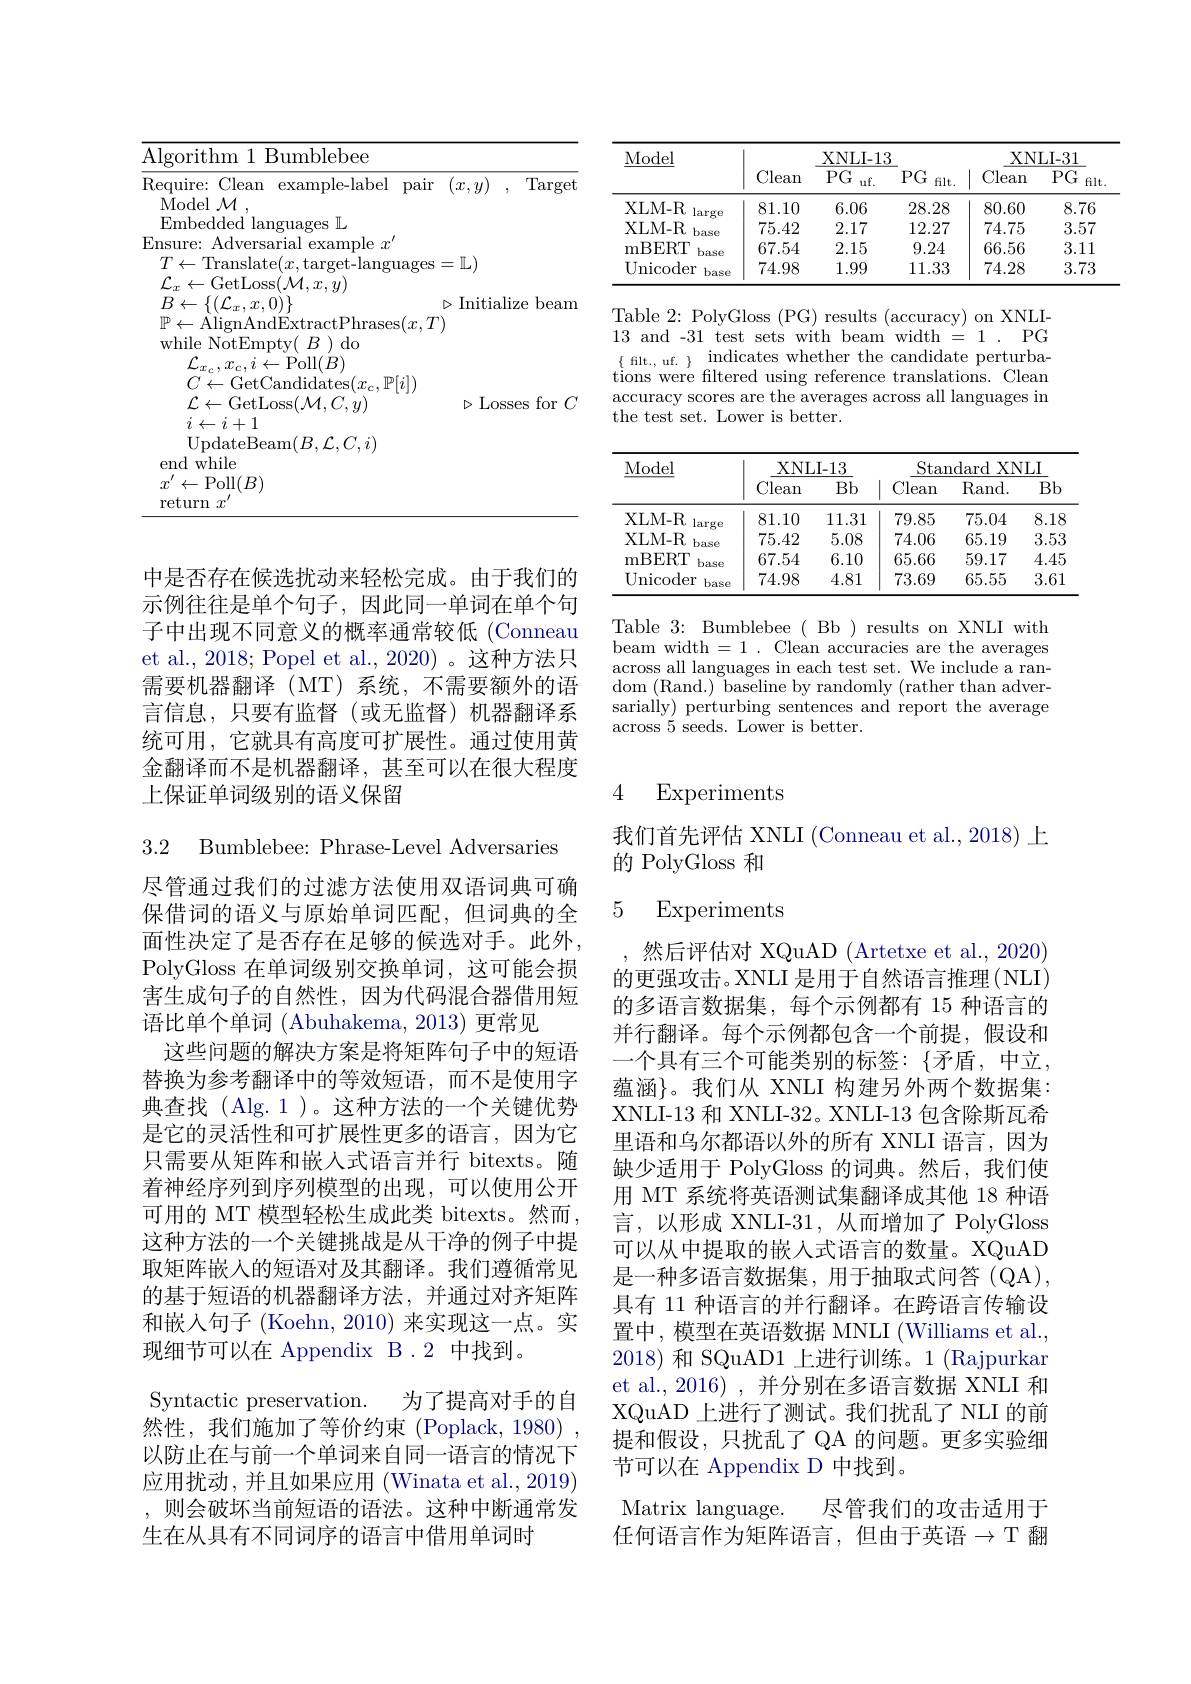
<table>
	<tbody>
		<tr>
			<th rowspan="2">Model</th>
			<th rowspan="2">Clean</th>
			<th rowspan="2">XNLI- 13 $PG$ $uf.$</th>
			<th rowspan="2">$PG$ $filt.$</th>
			<th colspan="2">XNLI- 31</th>
		</tr>
		<tr>
			<th>Clean</th>
			<th>$PG$ filt</th>
		</tr>
		<tr>
			<td>XLM- R large</td>
			<td>81.10</td>
			<td>6.06</td>
			<td>28.28</td>
			<td>80.60</td>
			<td>8.76</td>
		</tr>
		<tr>
			<td>XLM- R base</td>
			<td>75.42</td>
			<td>2.17</td>
			<td>12.27</td>
			<td>74.75</td>
			<td>3.57</td>
		</tr>
		<tr>
			<td>mBERT base</td>
			<td>67.54</td>
			<td>2.15</td>
			<td>9.24</td>
			<td>66.56</td>
			<td>3.11</td>
		</tr>
		<tr>
			<td>Unicoder base</td>
			<td>74.98</td>
			<td>1.99</td>
			<td>11.33</td>
			<td>74.28</td>
			<td>3.73</td>
		</tr>
	</tbody>
</table>

Table 2: PolyGloss (PG) results (accuracy) on XNLI- 13 and -31 test sets with beam width = 1 . PG tions were filtered using reference translations. Clean accuracy scores are the averages across all languages in the test set. Lower is better.

<table>
	<tbody>
		<tr>
			<th rowspan="2">Model</th>
			<th colspan="2">XNLI- 13</th>
			<th colspan="3">Standard XNLI</th>
		</tr>
		<tr>
			<th>Clean</th>
			<th>Bb</th>
			<th>Clean</th>
			<th>Rand. </th>
			<th>$Bb$</th>
		</tr>
		<tr>
			<td>XLM- R large</td>
			<td>81.10</td>
			<td>11.31</td>
			<td>79.85</td>
			<td>75.04</td>
			<td>8.18</td>
		</tr>
		<tr>
			<td>XLM- R base</td>
			<td>75.42</td>
			<td>5.08</td>
			<td>74.06</td>
			<td>65.19</td>
			<td>3.53</td>
		</tr>
		<tr>
			<td>mBERT base</td>
			<td>67.54</td>
			<td>6.10</td>
			<td>65.66</td>
			<td>59.17</td>
			<td>4.45</td>
		</tr>
		<tr>
			<td>Unicoder base</td>
			<td>74.98</td>
			<td>4.81</td>
			<td>73.69</td>
			<td>65.55</td>
			<td>3.61</td>
		</tr>
	</tbody>
</table>

Table 3: Bumblebee( Bb) results on XNLI with beam width =1. Clean accuracies are the averages $\underset{{\mathrm{across~all~languages~in~each~test~set.~We~include~a~ran-}}}$ $\operatorname { dom}$ ( Rand. ) baseline by randomly ( rather than adver- sarially) perturbing sentences and report the average across 5 seeds. Lower is better.

<table>
	<tbody>
		<tr>
			<td>Algorithm 1 Bumblebee</td>
			<td> </td>
			<td> </td>
			<td> </td>
		</tr>
	</tbody>
</table>

中是否存在候选扰动来轻松完成。由于我们的示例往往是单个句子，因此同一单词在单个句子中出现不同意义的概率通常较低(Conneau et al., 2018; Popel et al., 2020) 。这种方法只需要机器翻译 (MT)系统，不需要额外的语言信息，只要有监督(或无监督)机器翻译系统可用，它就具有高度可扩展性。通过使用黄金翻译而不是机器翻译，甚至可以在很大程度上保证单词级别的语义保留

3.2 Bumblebee: Phrase-Level Adversaries

尽管通过我们的过滤方法使用双语词典可确保借词的语义与原始单词匹配，但词典的全面性决定了是否存在足够的候选对手。此外， PolyGloss 在单词级别交换单词，这可能会损害生成句子的自然性，因为代码混合器借用短语比单个单词 (Abuhakema,2013) 更常见
这些问题的解决方案是将矩阵句子中的短语替换为参考翻译中的等效短语，而不是使用字典查找(Alg.1)。这种方法的一个关键优势是它的灵活性和可扩展性更多的语言，因为它只需要从矩阵和嵌入式语言并行 bitexts。随着神经序列到序列模型的出现，可以使用公开可用的 MT 模型轻松生成此类 bitexts。然而， 这种方法的一个关键挑战是从干净的例子中提取矩阵嵌人的短语对及其翻译。我们遵循常见的基于短语的机器翻译方法，并通过对齐矩阵和嵌入句子 (Koehn, 2010) 来实现这一点。实现细节可以在 Appendix B.2 中找到。
为了提高对手的自
Syntactic preservation.
然性，我们施加了等价约束(Poplack,1980) 以防止在与前一个单词来自同一语言的情况下应用扰动，并且如果应用 (Winata et al., 2019) ,则会破坏当前短语的语法。这种中断通常发生在从具有不同词序的语言中借用单词时

# 4 Experiments

我们首先评估 XNLI (Conneau et al., 2018) 上
的 PolyGloss 和

### 5 Experiments

然后评估对 XQuAD (Artetxe et al., 2020) 的更强攻击。XNLI 是用于自然语言推理(NLI) 的多语言数据集，每个示例都有 15 种语言的并行翻译。每个示例都包含一个前提，假设和一个具有三个可能类别的标签：{矛盾，中立} 蕴涵}。我们从 XNLI 构建另外两个数据集： XNLI-13 和 XNLI-32。XNLI-13 包含除斯瓦希里语和乌尔都语以外的所有 XNLI 语言，因为缺少适用于 PolyGloss 的词典。然后，我们使用 MT 系统将英语测试集翻译成其他 18 种语言，以形成 XNLI-31, 从而增加了 PolyGloss 可以从中提取的嵌入式语言的数量。XQuAD 是一种多语言数据集，用于抽取式问答(QA), 具有 11 种语言的并行翻译。在跨语言传输设置中，模型在英语数据 MNLI (Williams et al., 2018)和 SQuAD1 上进行训练。1 (Rajpurkar et al., 2016) , 并分别在多语言数据 XNLI 和XQuAD 上进行了测试。我们扰乱了 NLI 的前提和假设，只扰乱了 QA 的问题。更多实验细节可以在 Appendix D 中找到。
Matrix language.
尽管我们的攻击适用于
任何语言作为矩阵语言，但由于英语$\to\mathcal{T}$ 翻